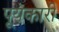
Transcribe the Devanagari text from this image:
पूयकारी